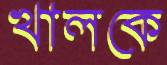
খালকে